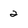
Character: 2